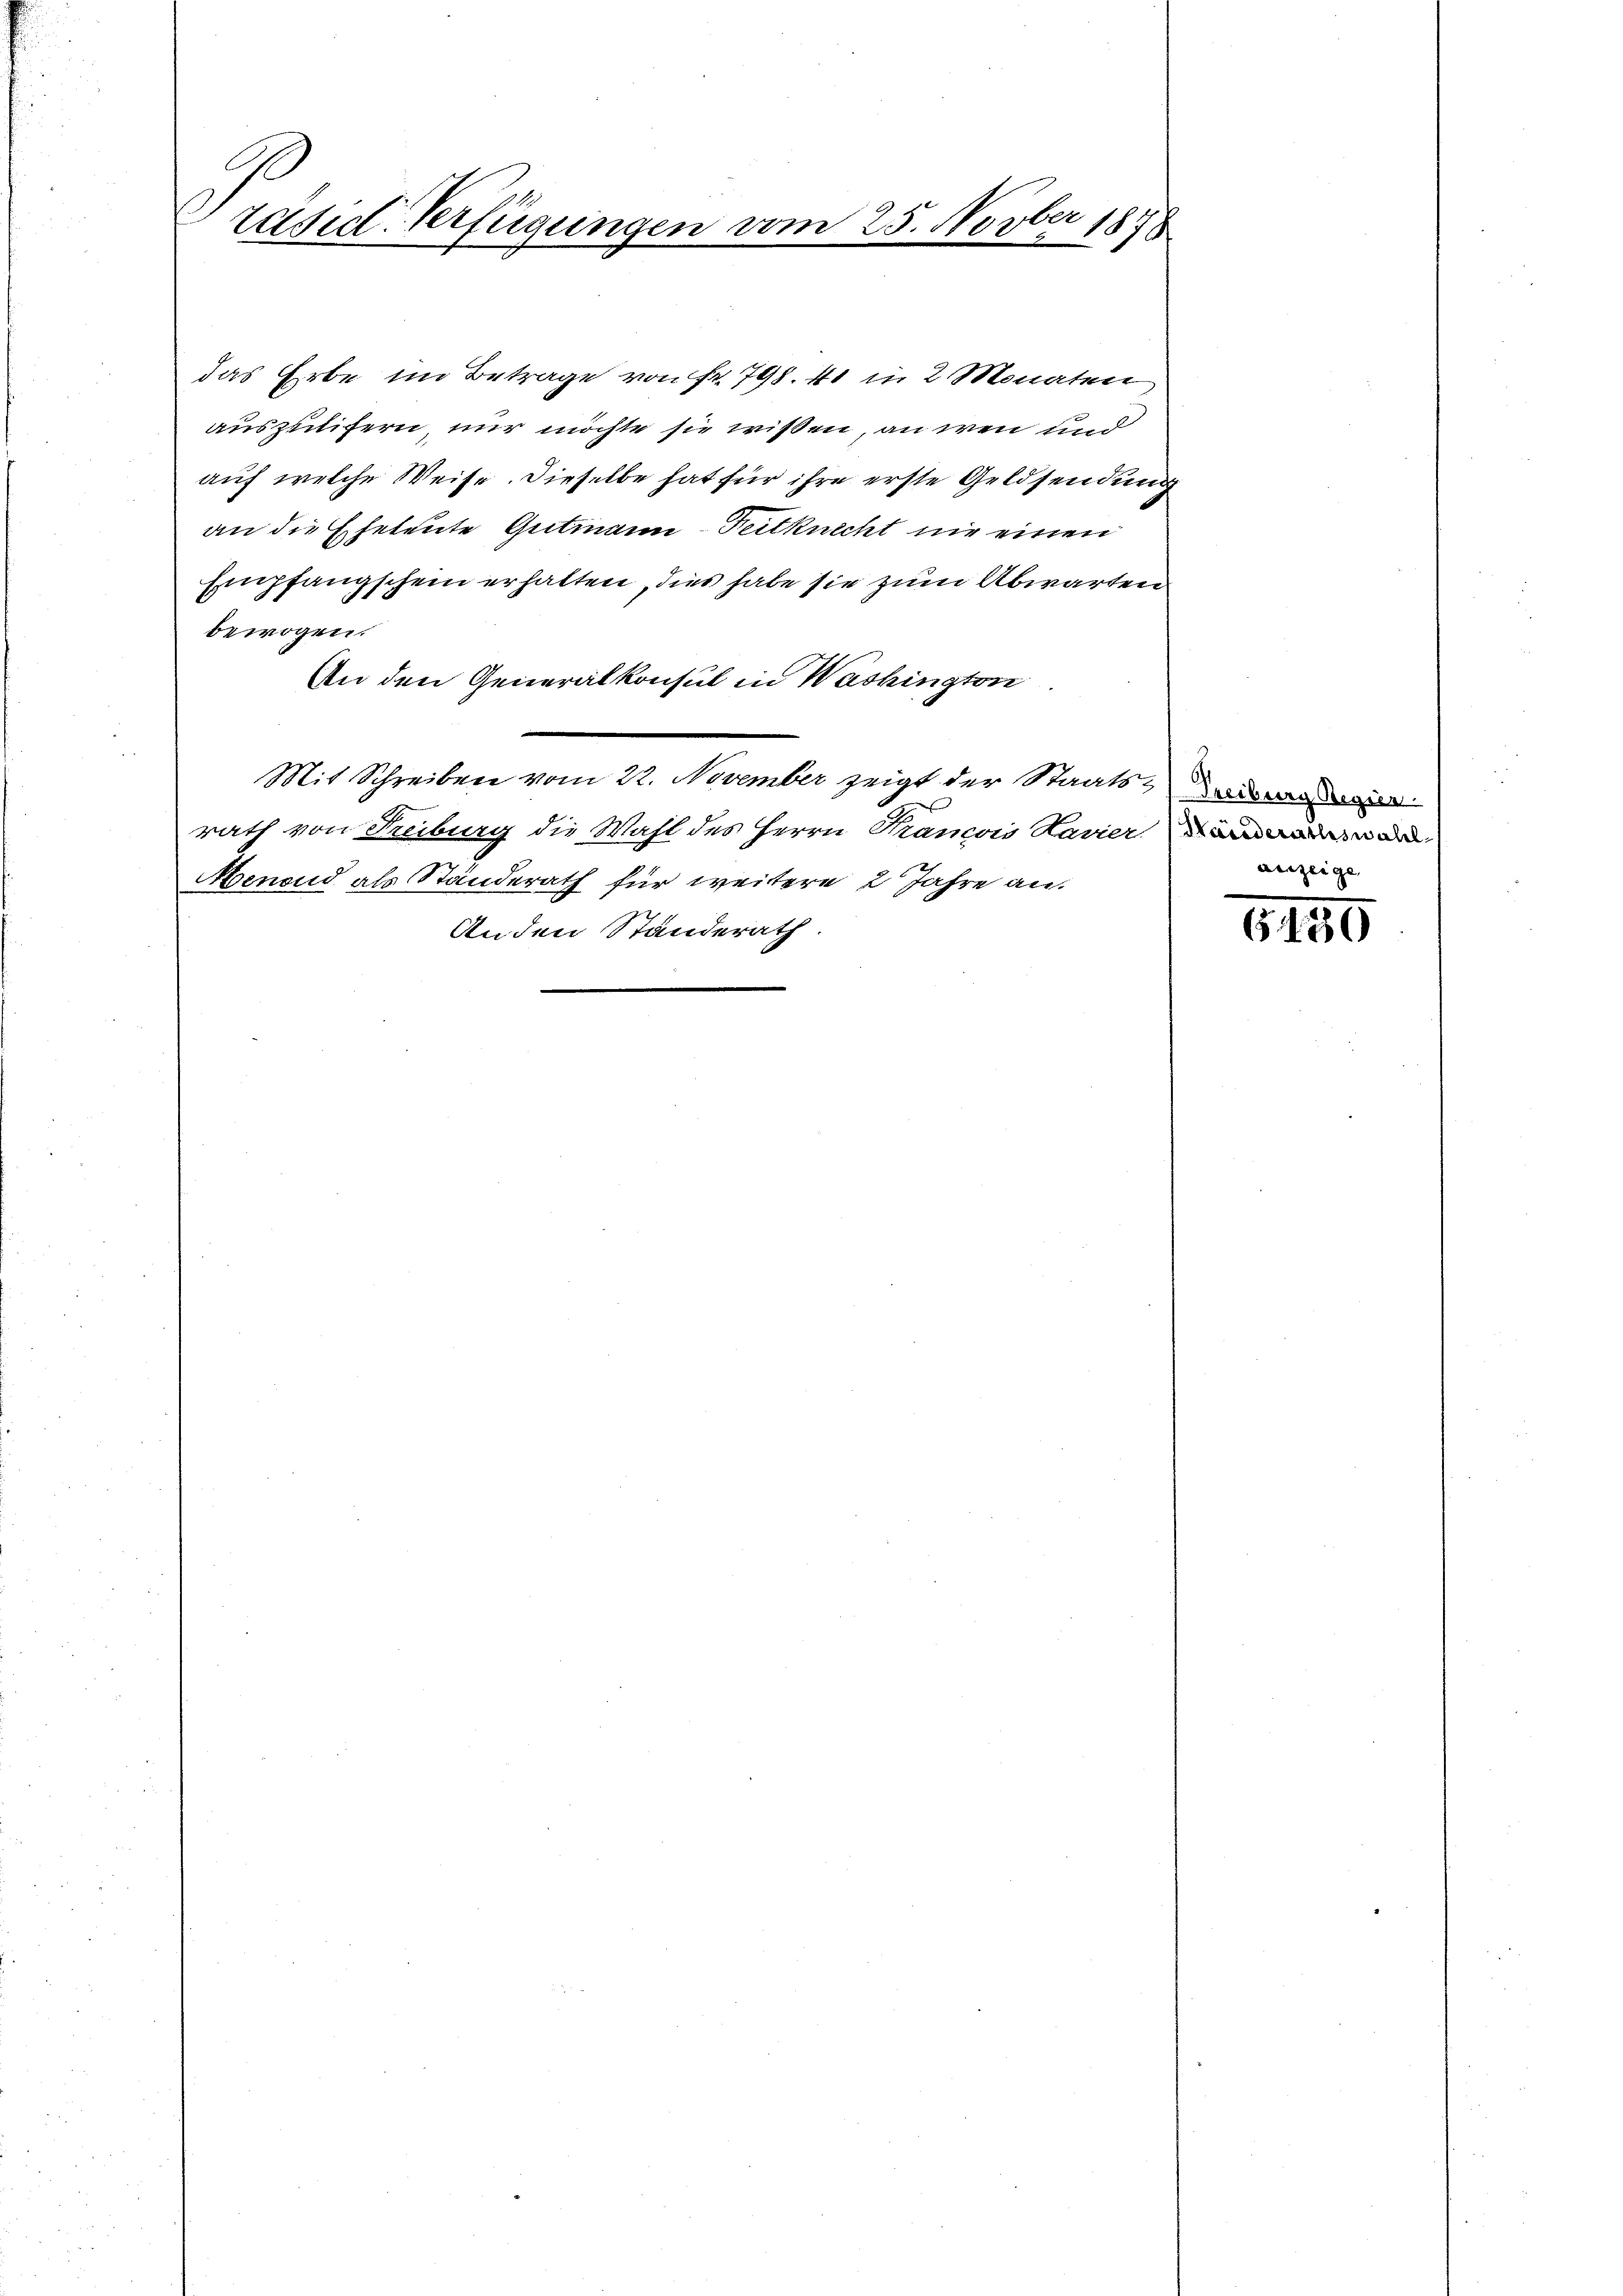
Ge
Ao 187
räsid. Verfügungen vom 25. Nov.

das Erbe im Betrage von Fr. 798. 41 in 2 Monaten
auszulifern, nur möchte sie wißen, an wen und
auf welche Weise. Dieselbe hat für ihre erste Geldsendung
an die Eheleute Gutmann - Peitknecht nie einen
Empfangschein erhalten, dies habe sie zum Abwarten
bewogen.
An den Generalkonsul in Washington
Mit Schreiben vom 22. November zeigt der Staats-Verordessen.
rath von Freiburg die Wahl des Herrn Krancois Lavier war
Henond als Standerath für weitere 2 Jahre an.
Anden Standerath

auzeige

6150